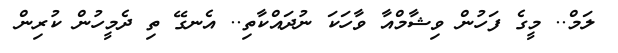
ލަމް.. މީގެ ފަހުން ވިޝާމްއާ ވާހަކަ ނުދައްކާތި.. އެނގޭ ތި ދެމީހުން ކުރިން